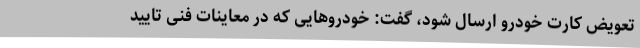
تعویض کارت خودرو ارسال شود، گفت: خودروهایی که در معاینات فنی تایید